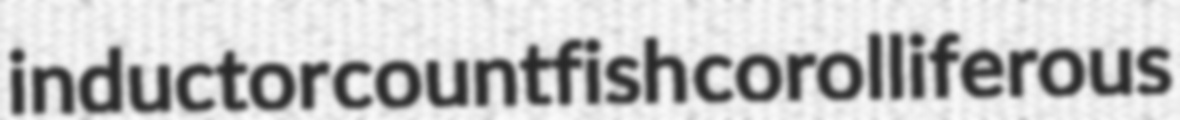
inductor countfish corolliferous